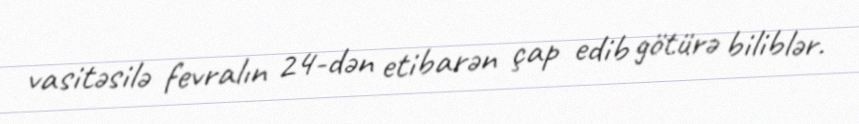
vasitəsilə fevralın 24-dən etibarən çap edib götürə biliblər.